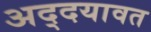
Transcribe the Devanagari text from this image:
अद्दयावत